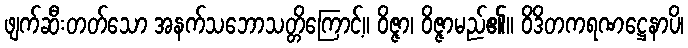
ဖျက်ဆီးတတ်သော အနက်သဘောသတ္တိကြောင့်။ ဝိဇ္ဇာ၊ ဝိဇ္ဇာမည်၏။ ဝိဒိတကရဏဋ္ဌေနာပိ၊